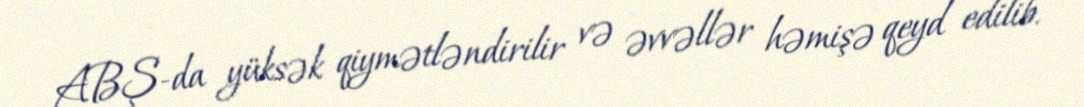
ABŞ-da yüksək qiymətləndirilir və əvvəllər həmişə qeyd edilib.